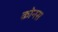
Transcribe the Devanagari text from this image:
कोनस